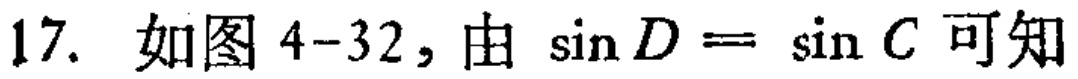
17. 如图4-32，由\(\sin D = \sin C\)可知